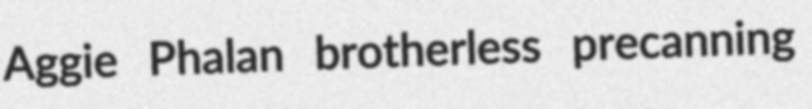
Aggie Phalan brotherless precanning